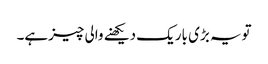
تویہ بڑی باریک دیکھنے والی چیزہے۔